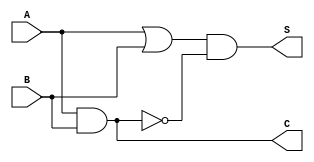
module um(A, B, S, C);
  input A, B;
  output S, C;
  //Sadas Intermedirias
  wire w1, w2;
  //(Sada, Entrada1, Entrada2)
  or o0(w1, A, B);
  nand na0(w2, A, B);
  and a0(S, w1, w2);
  and a1(C, A, B);
  // and a1();

endmodule
  //[Mais significativo: Menos significativo]
  // input [5:0] AA;
  // input [0:5] AA;